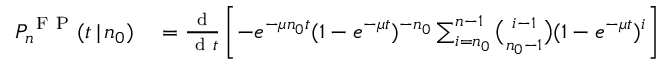
\begin{array} { r l } { P _ { n } ^ { \mathrm { ~ F ~ P ~ } } ( t \, | \, n _ { 0 } ) } & { { } = \frac { \mathrm { ~ d ~ } } { \mathrm { ~ d ~ } t } \left[ - e ^ { - \mu n _ { 0 } t } ( 1 - e ^ { - \mu t } ) ^ { - n _ { 0 } } \sum _ { i = n _ { 0 } } ^ { n - 1 } { \binom { i - 1 } { n _ { 0 } - 1 } } ( 1 - e ^ { - \mu t } ) ^ { i } \right] } \end{array}